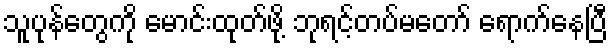
သူပုန်တွေကို မောင်းထုတ်ဖို့ ဘုရင့်တပ်မတော် ရောက်နေပြီ